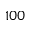
1 0 0